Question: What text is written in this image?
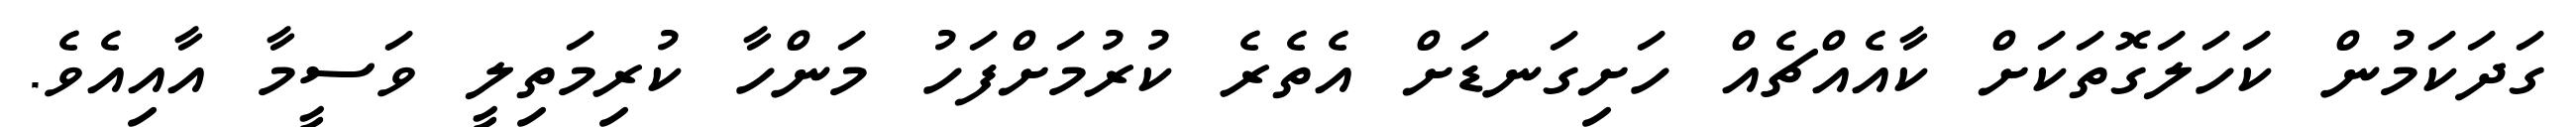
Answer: ގަދަކަމުން ކަހަލަގޮތަކަށް ކާއެއްޗެއް ހަށިގަނޑަށް އެތެރެ ކުރުމަށްފަހު މަންހާ ކުރިމަތިލީ ވަސީމާ އާއިއެވެ.